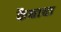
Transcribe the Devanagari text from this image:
कैद्याचा